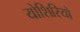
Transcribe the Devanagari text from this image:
योशिरियो